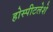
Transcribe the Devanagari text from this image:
होस्पीटलेशे